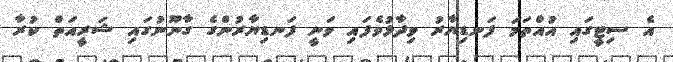
އެ ސިޓީގައި އުއްތަމަ ފަނޑިޔާރު ވިދާޅުވެފައި ވަނީ ފަނޑިޔާރުންގެ ގާނޫނުގައި ޝަރީއަތް ކުރާ